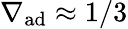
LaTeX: \nabla_{\mathrm{ad}}\approx 1/3